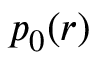
p _ { 0 } ( r )